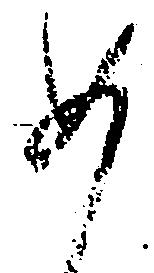
如